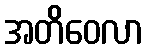
အတိဝေလာ